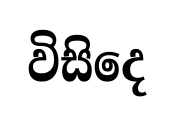
විසිදෙ